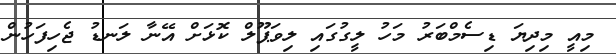
މިއީ މިދިޔަ ޑިސެމްބަރު މަހު ލީގުގައި ލިވަޕޫލް ކޮޅަށް އޭނާ ލަނޑު ޖެހިފަހުން